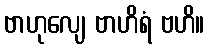
ဗာဟုလျေ ဗာဟိရံ ဗဟိ။